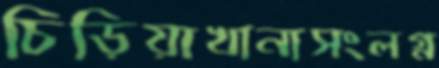
চিড়িয়াখানাসংলগ্ন